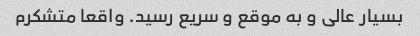
بسیار عالی و به موقع و سریع رسید. واقعا متشکرم